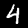
Label: 4